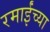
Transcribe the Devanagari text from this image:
रमाईंच्या